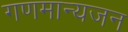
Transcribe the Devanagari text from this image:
गणमान्यजन